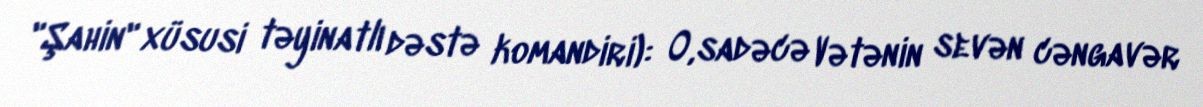
"Şahin" xüsusi təyinatlı dəstə komandiri): O,sadəcə Vətənin sevən cəngavər